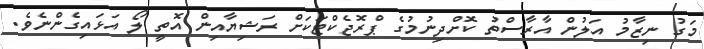
މަގު ނިޒާމު އަލުން އާރާސްތު ކޮށްދިނުމުގެ ޕްރޮޖެކްޓަކަށް ރަޝިޔާއިން އޮތީ ލޯ އަޅައިގެންނެވެ.